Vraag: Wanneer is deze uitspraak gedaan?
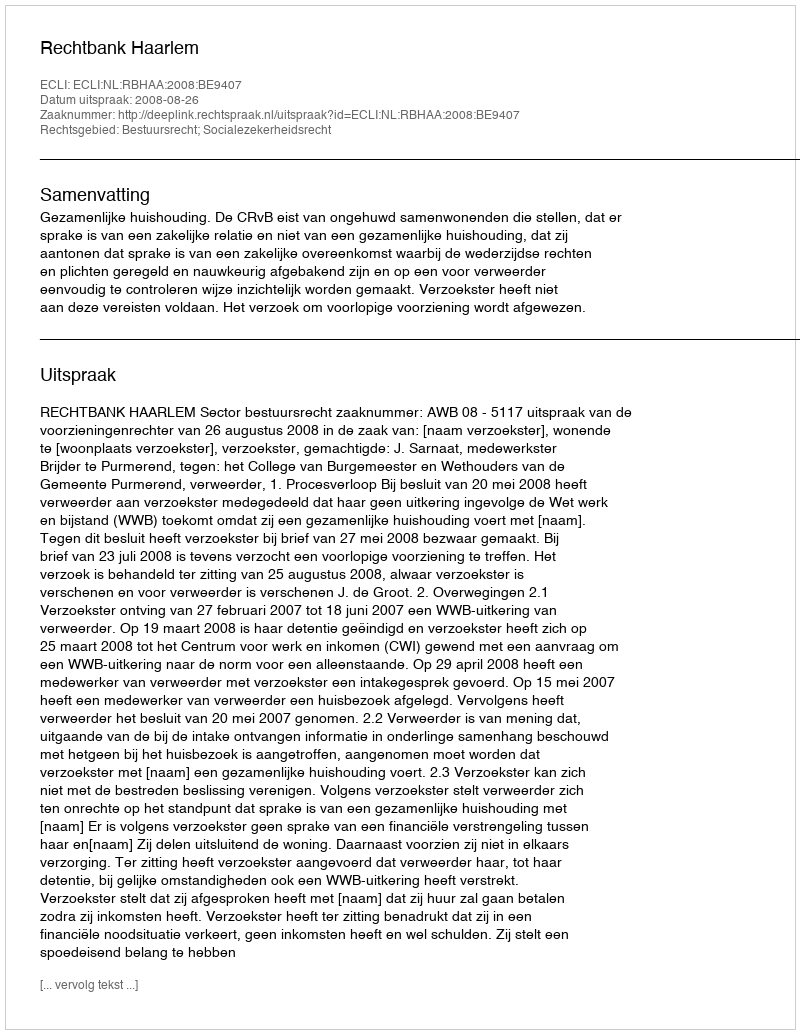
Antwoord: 2008-08-26